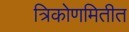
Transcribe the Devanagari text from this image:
त्रिकोणमितीत